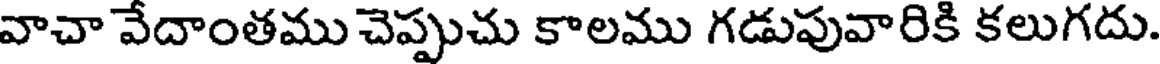
వాచా వేదాంతము చెప్పుచు కాలము గడుపువారికి కలుగదు.